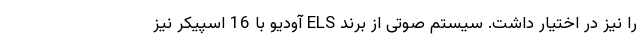
را نیز در اختیار داشت. سیستم صوتی از برند ELS آودیو با 16 اسپیکر نیز